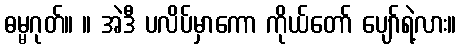
ဓမ္မဂုတ်။ ။ အဲဒီ ပလိပ်မှာကော ကိုယ်တော် ပျော်ရဲ့လား။